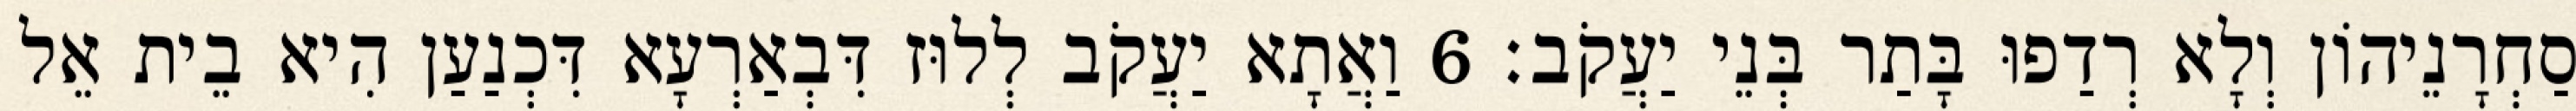
סַחְרָנֵיהוֹן וְלָא רְדַפוּ בָּתַר בְּנֵי יַעֲקֹב׃ 6 וַאֲתָא יַעֲקֹב לְלוּז דִּבְאַרְעָא דִּכְנַעַן הִיא בֵית אֵל